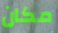
مكان